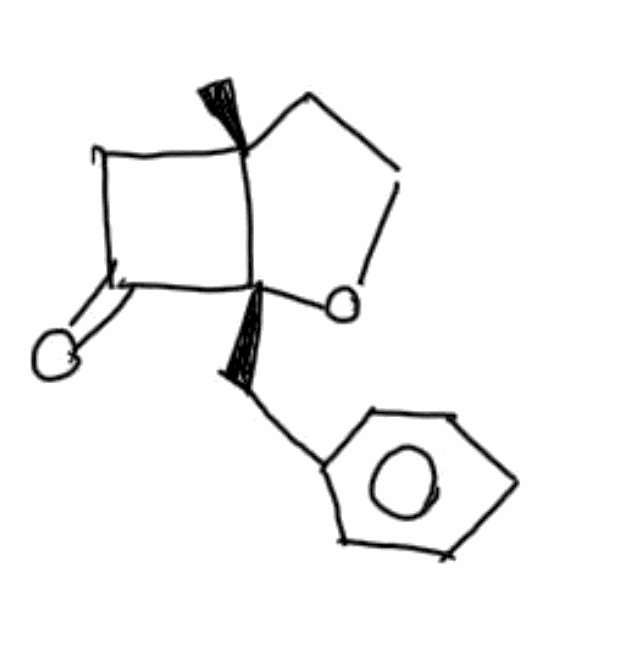
Simplified molecular-input line-entry system (SMILES) notation of the given molecule:
C[C@@]12CCO[C@@]1(C(=O)C2)CC3=CC=CC=C3